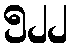
၅၂၂